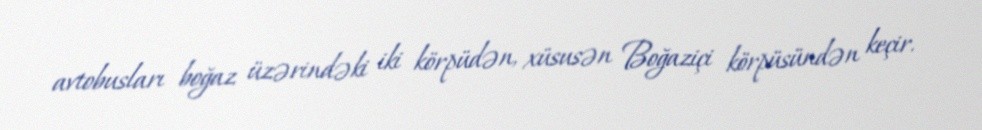
avtobusları boğaz üzərindəki iki körpüdən, xüsusən Boğaziçi körpüsündən keçir.